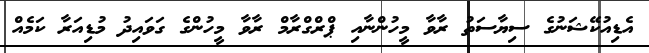
އެޑިއުކޭޝަނުގެ ސިޔާސަތު ރާވާ މީހުންނާއި ޕްރްގްރާމް ރާވާ މީހުންގެ ގަވައިދު މުޑިއަރާ ކަމެއް